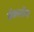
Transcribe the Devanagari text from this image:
बॅकलॉग